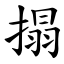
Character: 搨